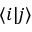
\langle i \vert j \rangle